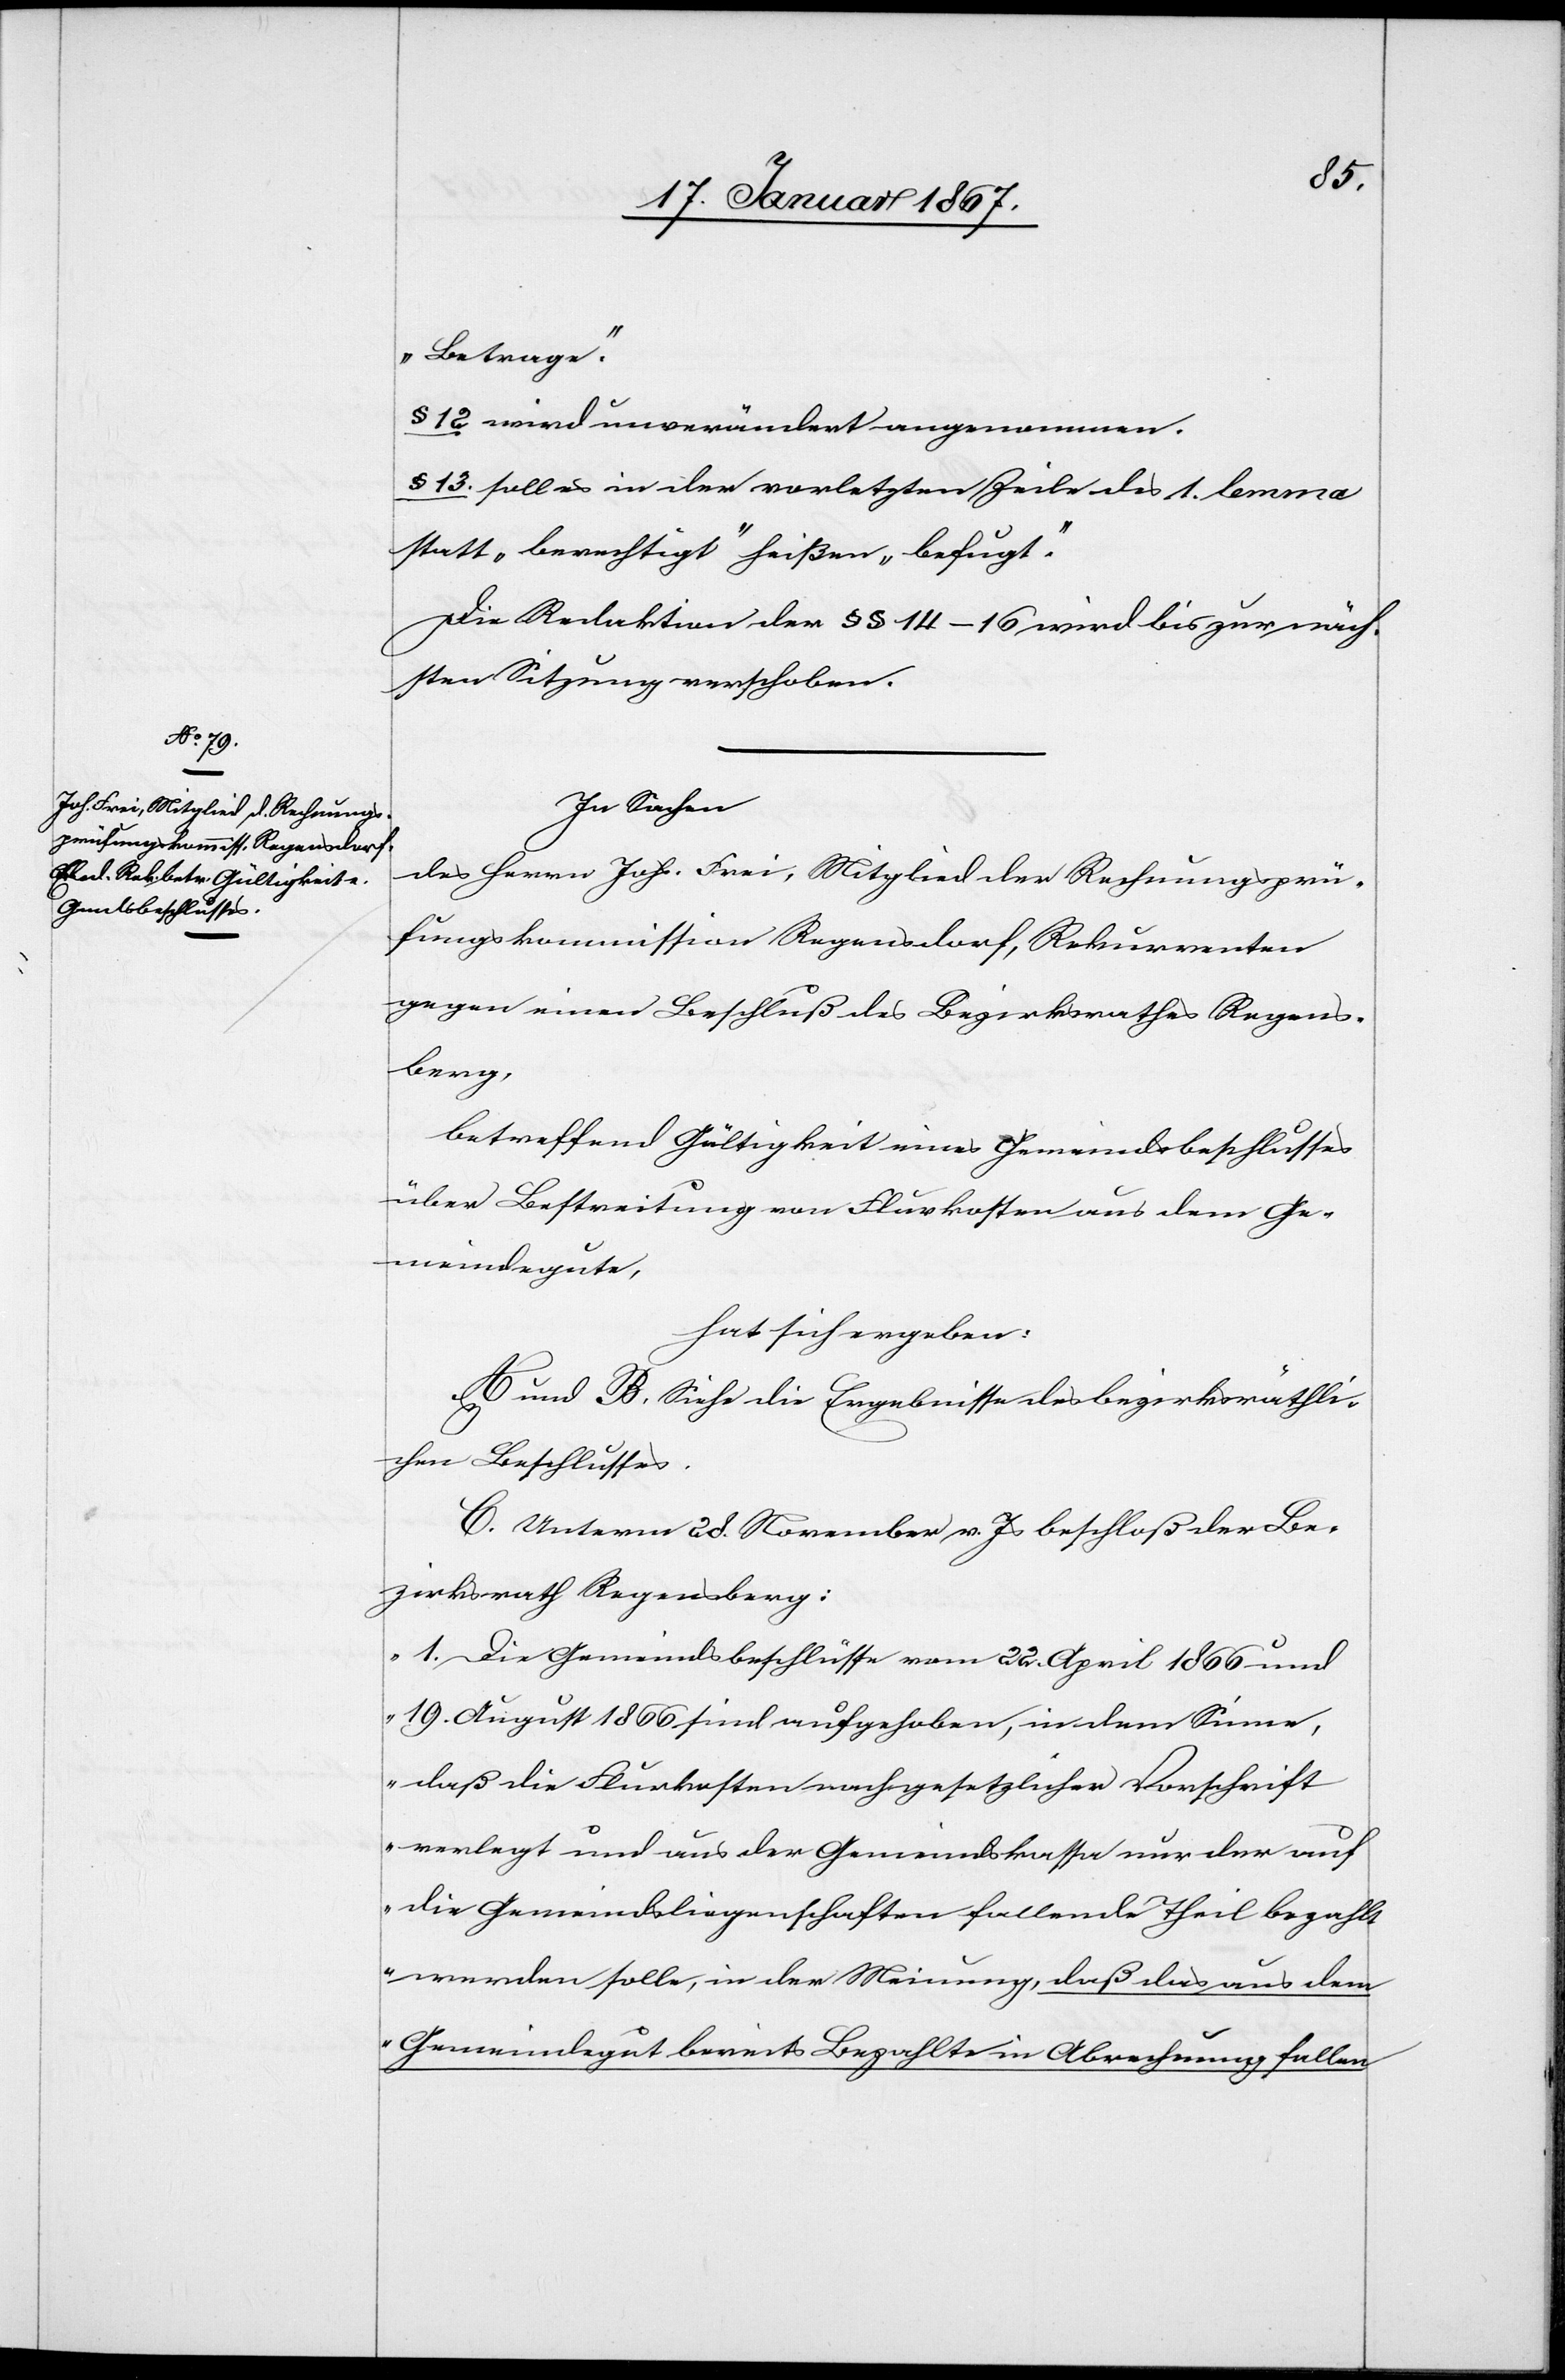
„Betrage“.
§ 12 wird unverändert angenommen.
§ 13. soll es in der vorletzten Zeile des 1. lemma
statt „berechtigt“ heißen „befugt“.
Die Redaktion der §§ 14–16 wird bis zur näch¬
sten Sitzung verschoben.
In Sachen
des Herrn Joh. Frei, Mitglied der Rechnungsprü¬
fungskommission Regensdorf, Rekurrenten
gegen einen Beschluß des Bezirksrathes Regens¬
berg,
betreffend Gültigkeit eines Gemeindsbeschlusses
über Bestreitung von Flurkosten aus dem Ge¬
meindegute,
hat sich ergeben:
A und B. Siehe die Ergebnisse des bezirksräthli¬
chen Beschlusses.
C. Unterm 28. November v. Js. beschloß der Be¬
zirksrath Regensberg:
„1. Die Gemeindsbeschlüsse vom 22. April 1866 und
19. August 1866 sind aufgehoben, in dem Sinne,
daß die Flurkosten nach gesetzlicher Vorschrift
verlegt und aus der Gemeindskassa nur der auf
die Gemeindsliegenschaften fallende Theil bezahlt
werden solle, in der Meinung, daß das aus dem
Gemeindegut bereits Bezahlte in Abrechnung fallen